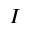
I